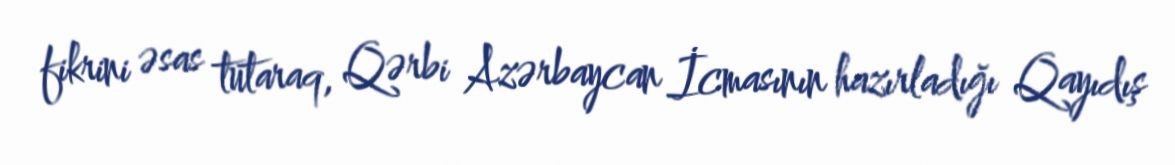
fikrini əsas tutaraq, Qərbi Azərbaycan İcmasının hazırladığı Qayıdış